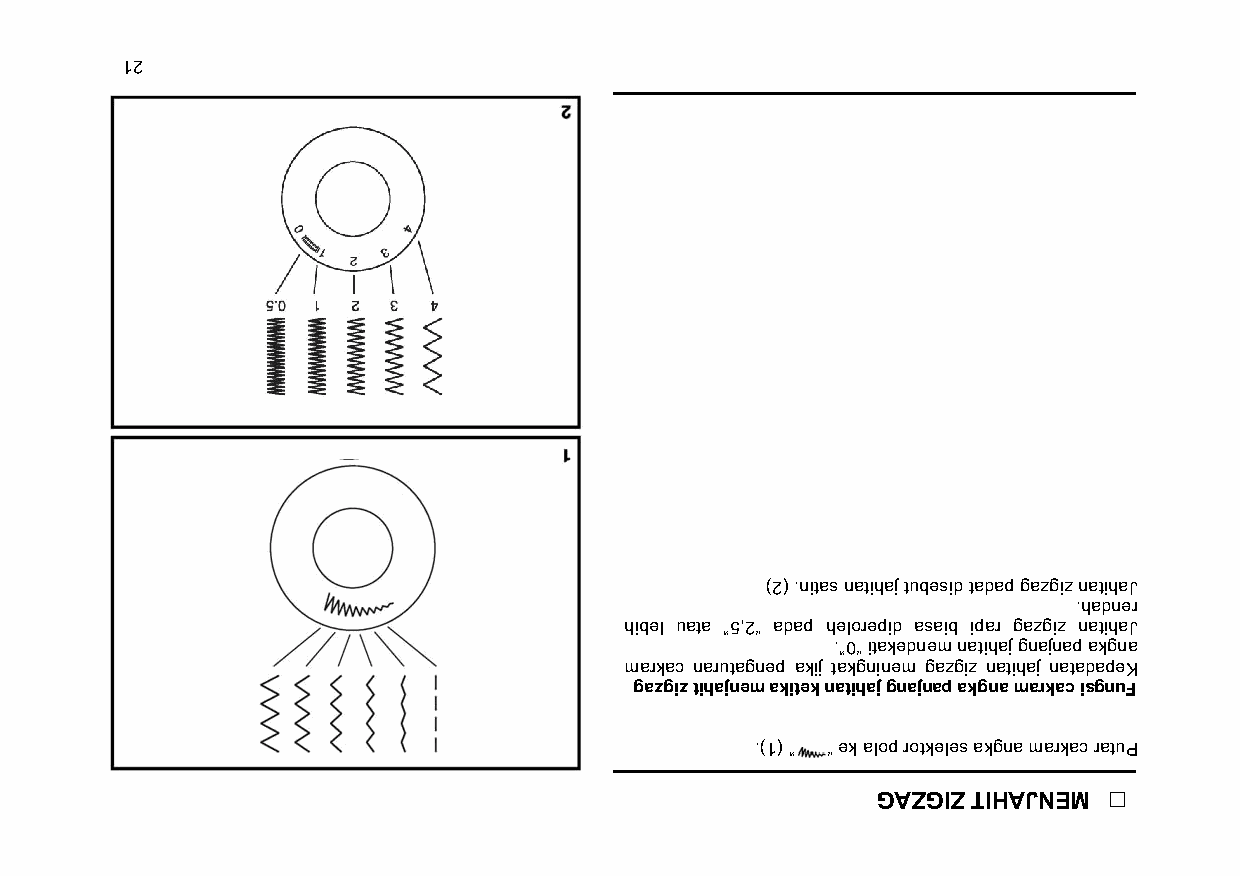
12
 )2( .nitas natihaj tubesid tadap gazgiz natihaJ
 .hadner
 hibel uata ”5,2“ adap helorepid asaib ipar gazgiz natihaJ
 .”0“ itakednem natihaj gnajnap akgna
 markac narutagnep akij takgninem gazgiz natihaj natadapeK
 gazgiz tihajnem akitek natihaj gnajnap akgna markac isgnuF
 .)1( ” “ ek alop rotkeles akgna markac ratuP
 GAZGIZ TIHAJNEM